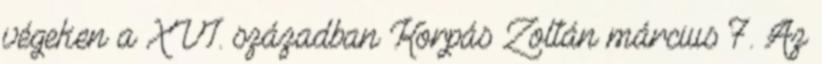
végeken a XVI. században Korpás Zoltán március 7. Az